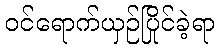
ဝင်ရောက်ယှဉ်ပြိုင်ခဲ့ရာ